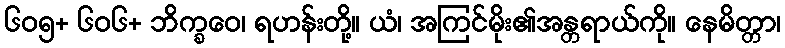
၆၀၅+ ၆၀၆+ ဘိက္ခဝေ၊ ရဟန်းတို့။ ယံ၊ အကြင်မိုး၏အန္တရာယ်ကို။ နေမိတ္တာ၊